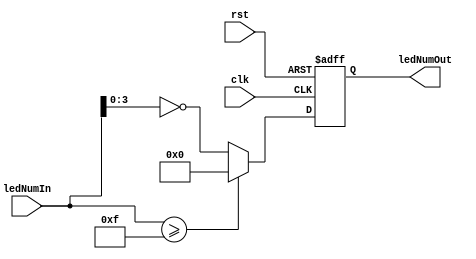
/* *****************************************************************
 *  This code is released under the MIT License.
 *  Copyright (c) 2020 Xuanzhi LIU, Qiao HU, Zongwu HE
 *  
 *  For latest version of this code or to issue a problem, 
 *  please visit: <https://github.com/WalkerLau/DetectHumanFaces>
 *  
 *  Note: the above information must be kept whenever or wherever the codes are used.
 *  
 * *****************************************************************/
module custom_apb_led(
    //led core ports
    input  wire        clk,
    input  wire        rst,
    input  wire [31:0] ledNumIn,
    output reg  [3:0]  ledNumOut    // When high, the LED on board turns off
);

always @ (posedge clk or negedge rst)
begin
    if(~rst)
        ledNumOut <= 4'b1111;
    else if(ledNumIn >= 4'b1111)
        ledNumOut <= 4'b0000;
    else
        ledNumOut <= ~ledNumIn;
end

endmodule